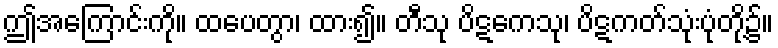
ဤအကြောင်းကို။ ထပေတွာ၊ ထား၍။ တီသု ပိဋကေသု၊ ပိဋကတ်သုံးပုံတို့၌။